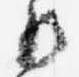
御